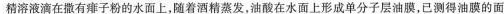
精溶液滴在撒有痱子粉的水面上，随着酒精蒸发，油酸在水面上形成单分子层油膜，已测得油膜的面